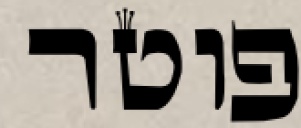
פוטר